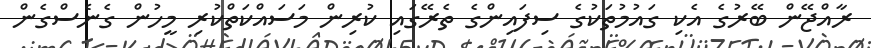
ރާއްޖޭން ބޭރުގެ އެކި ގައުމުތަކުގެ ސިފައިންގެ ތެރޭގައި ކުރިން މަސައްކަތްކުރި މީހުން ގެނެސްގެން